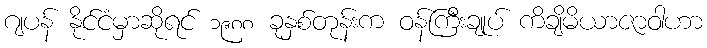
ဂျပန် နိုင်ငံမှာဆိုရင် ၁၉၈၈ ခုနှစ်တုန်းက ဝန်ကြီးချုပ် ကိချိမိယာဇာဝါဟာ